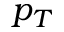
p _ { T }